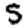
Digit: 5